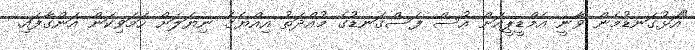
"އަޅުގަނޑުމެން ވާނީ އެމްޑީޕީއަށް އުސް ފަސްގަނޑުގެ މުއްދަތު އިއްޔެގެ ނިޔަލަށް ހަމަވިކަން އަންގާފައި.